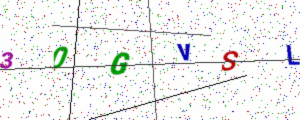
Text: 30GVSL